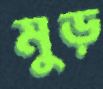
মুড়